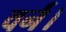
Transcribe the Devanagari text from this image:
वर्न।